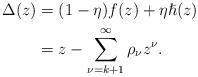
LaTeX: \begin{align*}\Delta(z) &= (1-\eta) f(z)+ \eta \hslash(z)\\&= z - \sum_{\nu=k+1}^{\infty} \rho_{\nu} z^{\nu}.\end{align*}